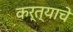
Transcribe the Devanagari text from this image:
कर्त्याचे